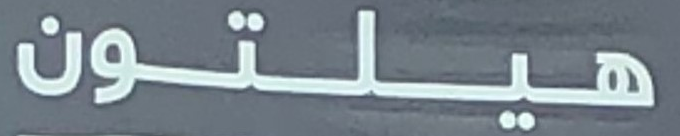
هيلتون